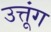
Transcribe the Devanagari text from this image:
उत्तूंग